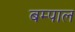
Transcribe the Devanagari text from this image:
बम्पाल